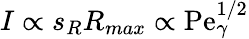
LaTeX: I\propto s_{R}R_{max}\propto\mathrm{Pe}_{\gamma}^{1/2}